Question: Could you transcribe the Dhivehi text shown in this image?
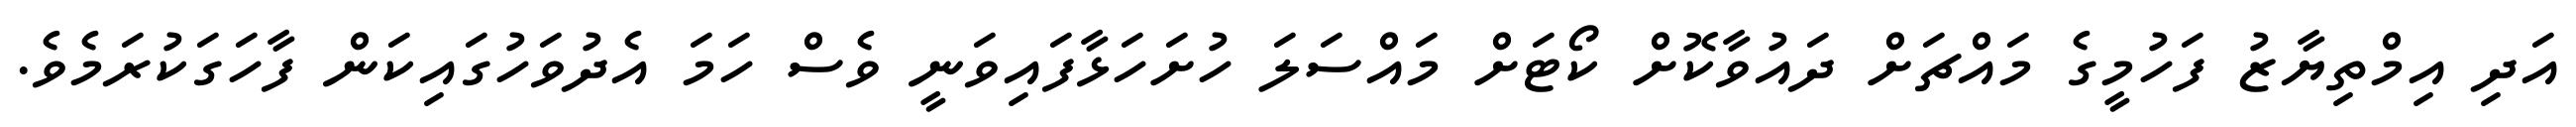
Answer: އަދި އިމްތިޔާޒު ފަހުމީގެ މައްޗަށް ދައުވާކޮށް ކޯޓަށް މައްސަލަ ހުށަހަޅާފައިވަނީ ވެސް ހަމަ އެދުވަހުގައިކަން ފާހަގަކުރަމެވެ.